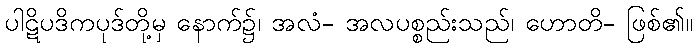
ပါဋိပဒိကပုဒ်တို့မှ နောက်၌၊ အလံ- အလပစ္စည်းသည်၊ ဟောတိ- ဖြစ်၏။